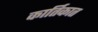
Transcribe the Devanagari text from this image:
कार्तिकात